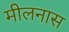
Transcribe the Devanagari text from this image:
मीलनास